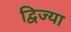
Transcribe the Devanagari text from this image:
द्विज्या